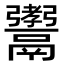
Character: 𩱞